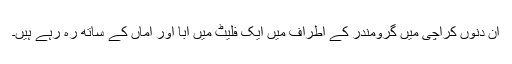
ان دنوں کراچی میں گرومندر کے اطراف میں ایک فلیٹ میں ابا اور اماں کے ساتھ رہ رہے ہیں۔